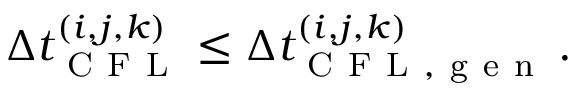
\Delta t _ { \mathrm { ~ C ~ F ~ L ~ } } ^ { ( i , j , k ) } \le \Delta t _ { \mathrm { ~ C ~ F ~ L ~ , ~ g ~ e ~ n ~ } } ^ { ( i , j , k ) } \, .